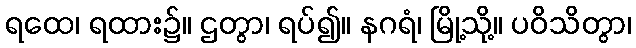
ရထေ၊ ရထား၌။ ဌတွာ၊ ရပ်၍။ နဂရံ၊ မြို့သို့။ ပဝိသိတွာ၊